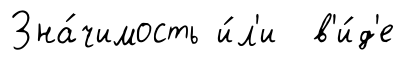
Зна́чимость и́л'и в'и́д'е